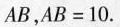
A B$$，$$A B = 1 0$$.